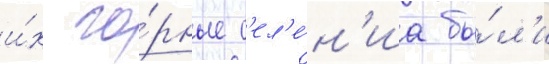
и́х го́рные с'ел'е́н'иа бы́л'и